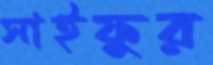
সাইফুর